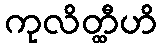
ကုလိတ္ထီဟိ